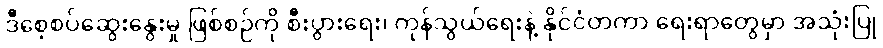
ဒီစေ့စပ်ဆွေးနွေးမှု ဖြစ်စဉ်ကို စီးပွားရေး၊ ကုန်သွယ်ရေးနဲ့ နိုင်ငံတကာ ရေးရာတွေမှာ အသုံးပြု